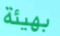
بهيئة